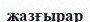
жазғырар